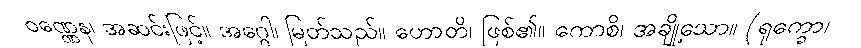
ဝဏ္ဏေန၊ အဆင်းဖြင့်။ အဂ္ဂေါ၊ မြတ်သည်။ ဟောတိ၊ ဖြစ်၏။ ကောစိ၊ အချို့သော။ (ရုက္ခော၊